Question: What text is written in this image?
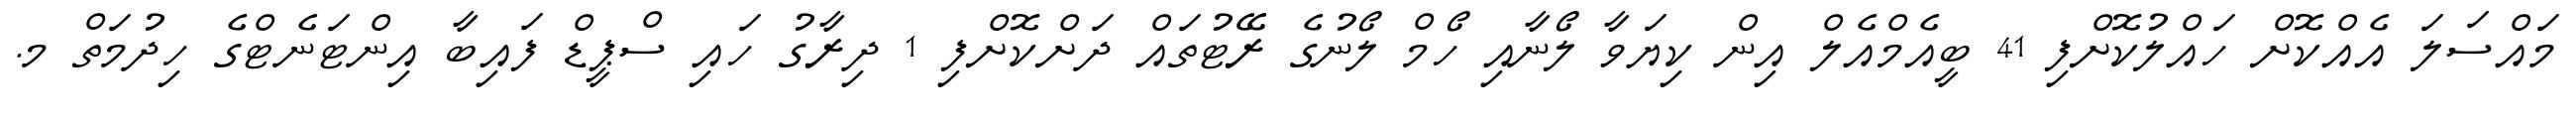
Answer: މައްސަލަ އެއްކޮށް ހައްލުކޮށްފި 41 ބީއެމްއެލް އިން ކިޔަވާ ލޯނާއި ހޯމް ލޯނުގެ ރޭޓުތައް ދަށްކޮށްފި 1 ދިރާގު ހައި ސްޕީޑް ފައިބާ އިންޓަނެޓްގެ ހިދުމަތް މ.